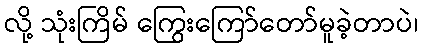
လို့ သုံးကြိမ် ကြွေးကြော်တော်မူခဲ့တာပဲ၊